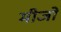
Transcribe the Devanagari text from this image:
मीजो